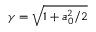
\gamma = \sqrt { 1 + a _ { 0 } ^ { 2 } / 2 }